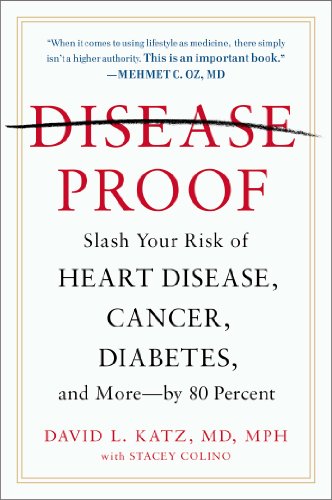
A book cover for Disease-Proof; David L. Katz M.D.; Medical Books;